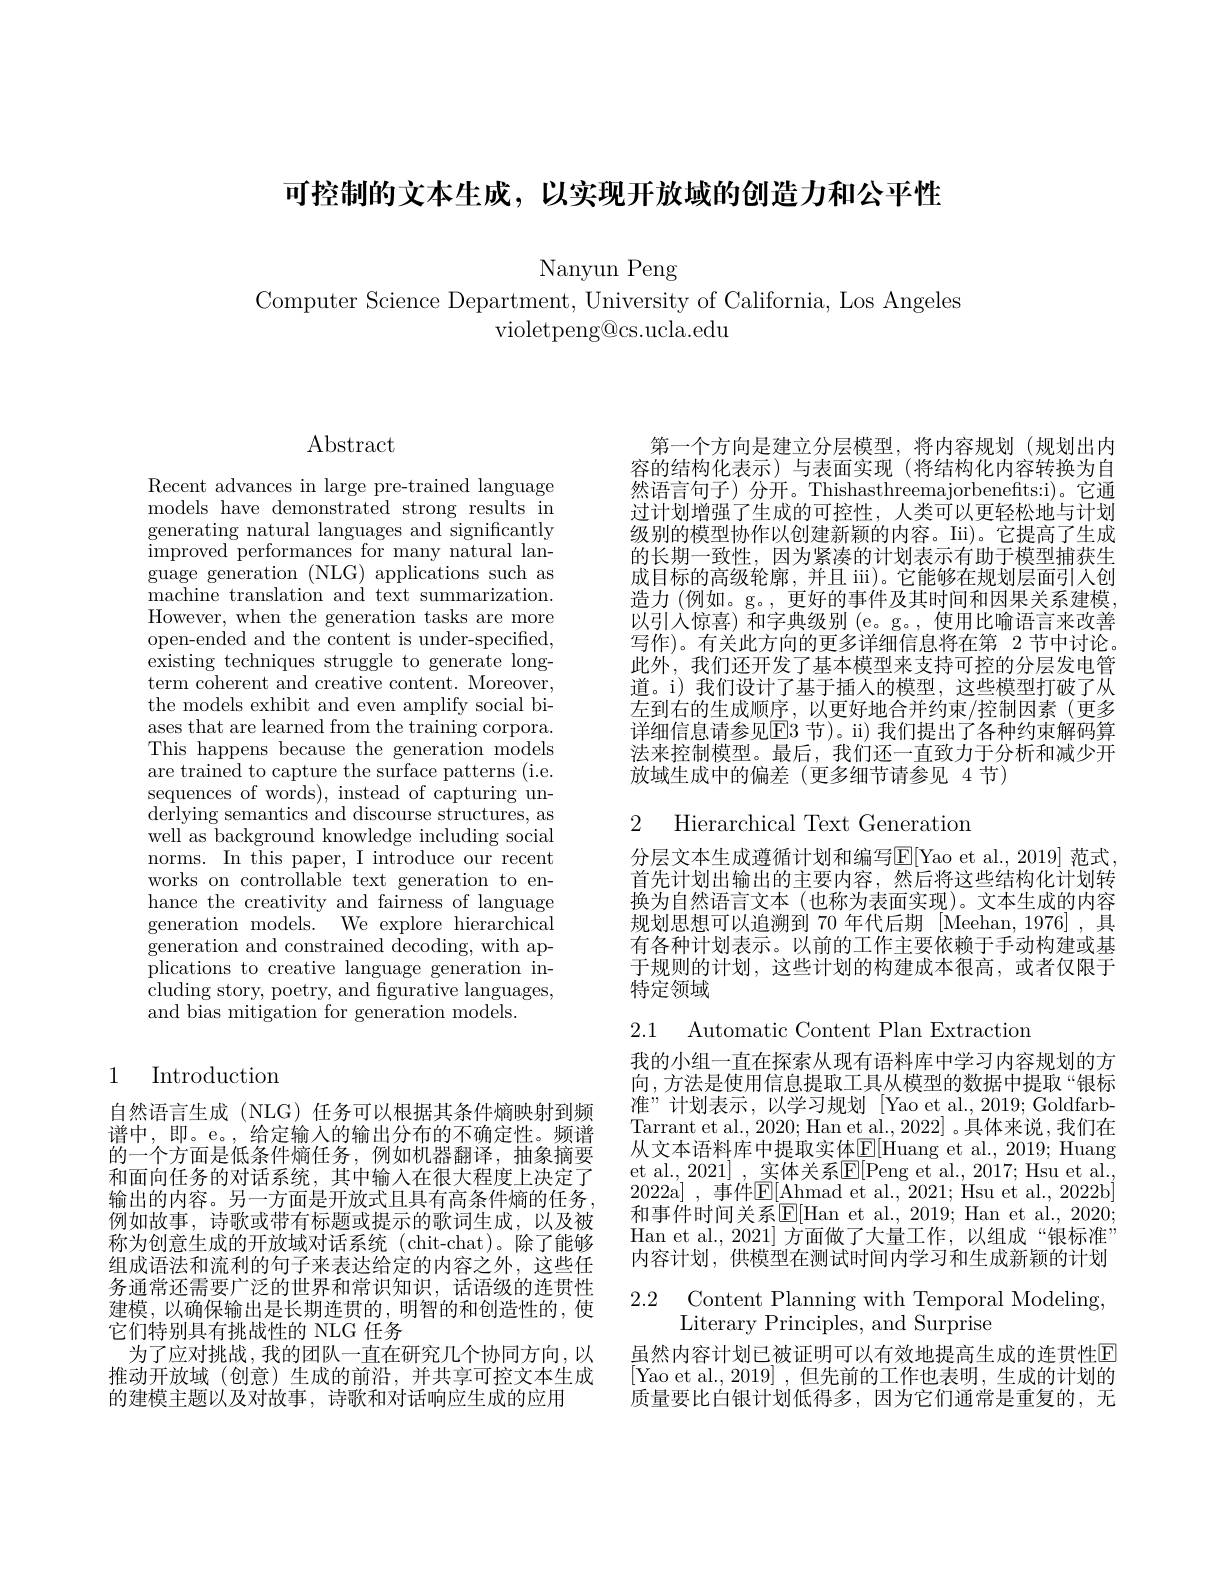
可控制的文本生成，以实现开放域的创造力和公平性

Nanyun Peng

Computer Science Department, University of California, Los Angeles
violetpeng@cs.ucla.edu

## Abstract

Recent advances in large pre-trained language models have demonstrated strong results in generating natural languages and significantly improved performances for many natural language generation (NLG) applications such as machine translation and text summarization. However, when the generation tasks are more open-ended and the content is under-specified, existing techniques struggle to generate longterm coherent and creative content. Moreover, the models exhibit and even amplify social biases that are learned from the training corpora. This happens because the generation models are trained to capture the surface patterns (i.e. sequences of words), instead of capturing underlying semantics and discourse structures, as well as background knowledge including social norms. In this paper, I introduce our recent works on controllable text generation to enhance the creativity and fairness of language generation models. We explore hierarchical generation and constrained $\tilde{\text{decoding, with ap-}}$ plications to creative language generation including story, poetry, and figurative languages, and bias mitigation for generation models.

## 1 Introduction

自然语言生成 (NLG) 任务可以根据其条件熵映射到频谱中，即。e。,给定输入的输出分布的不确定性。频谱的一个方面是低条件熵任务，例如机器翻译，抽象摘要和面向任务的对话系统，其中输入在很大程度上决定了输出的内容。另一方面是开放式且具有高条件熵的任务， 例如故事，诗歌或带有标题或提示的歌词生成，以及被称为创意生成的开放域对话系统(chit-chat)。除了能够组成语法和流利的句子来表达给定的内容之外，这些任务通常还需要广泛的世界和常识知识，话语级的连贯性建模，以确保输出是长期连贯的，明智的和创造性的，使它们特别具有挑战性的 NLG 任务
为了应对挑战，我的团队一直在研究几个协同方向，以推动开放域(创意)生成的前沿，并共享可控文本生成的建模主题以及对故事，诗歌和对话响应生成的应用

第一个方向是建立分层模型，将内容规划(规划出内容的结构化表示)与表面实现(将结构化内容转换为自然语言句子)分开。Thishasthreemajorbenefts:i)。它通过计划增强了生成的可控性，人类可以更轻松地与计划级别的模型协作以创建新颖的内容。Iii)。它提高了生成的长期一致性，因为紧凑的计划表示有助于模型捕获生成目标的高级轮廓，并且 iii)。它能够在规划层面引入创造力 (例如。g。, 更好的事件及其时间和因果关系建模以引入惊喜)和字典级别 (e。g。, 使用比喻语言来改善写作)。有关此方向的更多详细信息将在第 2 节中讨论。此外，我们还开发了基本模型来支持可控的分层发电管道。i) 我们设计了基于插人的模型，这些模型打破了从左到右的生成顺序，以更好地合并约束/控制因素(更多详细信息请参见E3节)。ii)我们提出了各种约束解码算法来控制模型。最后，我们还一直致力于分析和减少开放域生成中的偏差(更多细节请参见 4 节)

2 Hierarchical Text Generation

分层文本生成遵循计划和编写E[Yao et al., 2019] 范式首先计划出输出的主要内容，然后将这些结构化计划转换为自然语言文本(也称为表面实现)。文本生成的内容规划思想可以追溯到 70 年代后期 [Meehan,1976] ,具有各种计划表示。以前的工作主要依赖于手动构建或基于规则的计划，这些计划的构建成本很高，或者仅限于特定领域

2.1 Automatic Content Plan Extraction

我的小组一直在探索从现有语料库中学习内容规划的方向，方法是使用信息提取工具从模型的数据中提取“银标准”计划表示，以学习规划[Yao et al.,2019;Goldfarb] Tarrant et al., 2020; Han et al., 2022] 。具体来说，我们在从文本语料库中提取实体$\mathbb{E}[$Huang et al., 2019; Huang et al., 2021] , 实体关系E[Peng et al., 2017; Hsu et al. 2022a] ,事件$\mathbb{E} [ \underline {\mathrm{Ahmad~et~al. , ~2021; ~Hsu~et~al. , ~2022b] }}$ 和事件时间关系$\mathbb{E}[$Han et al., 2019; Han et al., 2020; Han et al., 2021] 方面做了大量工作，以组成“银标准” 内容计划，供模型在测试时间内学习和生成新颖的计划

2.2 Content Planning with Temporal Modeling
Literary Principles, and Surprise

虽然内容计划已被证明可以有效地提高生成的连贯性$\mathbb{E}$ [Yao et al.,2019],但先前的工作也表明，生成的计划的质量要比白银计划低得多，因为它们通常是重复的，无